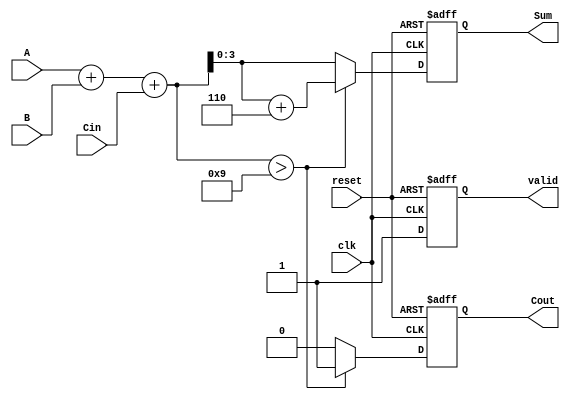
module BCD_Sequential_Adder (
    input wire [3:0] A,          // BCD digit A
    input wire [3:0] B,          // BCD digit B
    input wire Cin,              // Carry-in
    input wire clk,              // Clock signal
    input wire reset,            // Reset signal
    output reg [3:0] Sum,        // BCD result
    output reg Cout,             // Carry-out
    output reg valid             // Valid output signal
);

    reg [4:0] temp_sum;          // Temporary sum (5 bits to accommodate carry)
    reg state;                   // State for valid output

    // Sequential logic
    always @(posedge clk or posedge reset) begin
        if (reset) begin
            Sum <= 4'b0000;       // Initialize Sum
            Cout <= 1'b0;        // Initialize Cout
            valid <= 1'b0;       // Initialize valid output
            state <= 1'b0;       // Reset state
        end else begin
            // Addition Logic
            temp_sum = A + B + Cin; // Calculate the sum of A, B, and Cin
            
            // BCD Correction Logic
            if (temp_sum > 9) begin
                temp_sum = temp_sum + 5'b00110; // Add 6 if sum exceeds 9
                Cout = 1'b1;                   // Set carry-out
            end else begin
                Cout = 1'b0;                   // No carry-out
            end
            
            // Store the result
            Sum <= temp_sum[3:0];             // Assign the lower 4 bits to Sum
            valid <= 1'b1;                    // Set valid output
        end
    end

endmodule